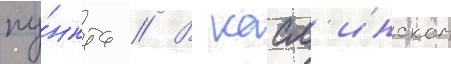
пу́нкта // В касл'инском